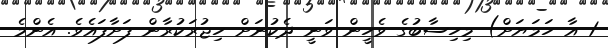
1 އާ ހަމަޔަށް) މިހިސާބުގެ ވެހީން ވަނީ ދެކުނަށް ހިޖުރަކުރާން ފަށާފައެވެ. އެންމެ